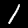
Digit: 1